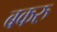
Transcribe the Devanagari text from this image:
बकरु